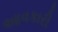
આવકારી